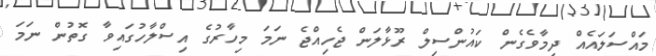
މައްސަލައެއް ދިމާވެގެން ކައުންސިލް ރޫޅާލަން ޖެހިއްޖެ ނަމަ މިހާރުގެ އިސްލާހުގައިވާ ގޮތުން ނަމަ